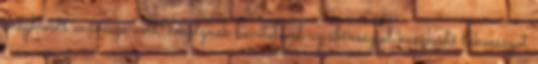
meghívott művésze volt, amelynek bevételével az éhínséggel küszködő lakosságot